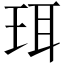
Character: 珥